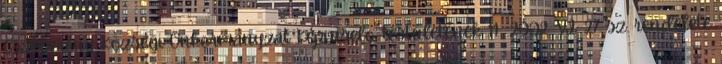
Csákberény Községi Önkormányzat Képviselo-testületének 11 2002. VI. 27. sz. rendelete